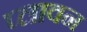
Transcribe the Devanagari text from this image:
प्‍लावन